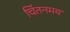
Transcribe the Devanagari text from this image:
चिंतनमय